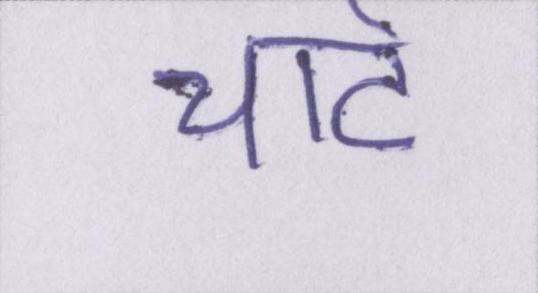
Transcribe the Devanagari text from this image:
चार्ट